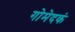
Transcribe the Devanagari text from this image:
गोमेदकं